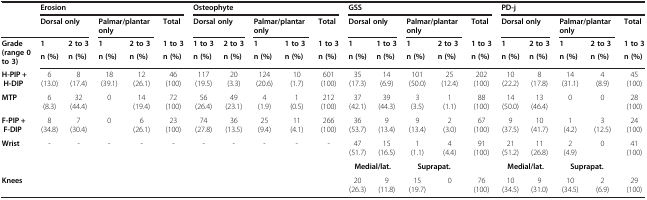
<table><thead><tr><td></td><td colspan="5"><b>Erosion</b></td><td colspan="5"><b>Osteophyte</b></td><td colspan="5"><b>GSS</b></td><td colspan="5"><b>PD-j</b></td></tr><tr><td></td><td colspan="2"><b>Dorsal only</b></td><td colspan="2"><b>Palmar/plantar only</b></td><td><b>Total</b></td><td colspan="2"><b>Dorsal only</b></td><td colspan="2"><b>Palmar/plantar only</b></td><td><b>Total</b></td><td colspan="2"><b>Dorsal only</b></td><td colspan="2"><b>Palmar/plantar only</b></td><td><b>Total</b></td><td colspan="2"><b>Dorsal only</b></td><td colspan="2"><b>Palmar/plantar only</b></td><td><b>Total</b></td></tr><tr><td rowspan="2"><b>Grade (range 0 to 3)</b></td><td><b>1</b></td><td><b>2 to 3</b></td><td><b>1</b></td><td><b>2 to 3</b></td><td><b>1 to 3</b></td><td><b>1 to 3</b></td><td><b>2 to 3</b></td><td><b>1</b></td><td><b>1 to 3</b></td><td><b>1 to 3</b></td><td><b>1</b></td><td><b>1 to 3</b></td><td><b>1</b></td><td><b>2 to 3</b></td><td><b>1 to 3</b></td><td><b>1</b></td><td><b>2 to 3</b></td><td><b>1</b></td><td><b>2 to 3</b></td><td><b>1 to 3</b></td></tr><tr><td><b>n (%)</b></td><td><b>n (%)</b></td><td><b>n (%)</b></td><td><b>n (%)</b></td><td><b>n (%)</b></td><td><b>n (%)</b></td><td><b>n (%)</b></td><td><b>n (%)</b></td><td><b>n (%)</b></td><td><b>n (%)</b></td><td><b>n (%)</b></td><td><b>n (%)</b></td><td><b>n (%)</b></td><td><b>n (%)</b></td><td><b>n (%)</b></td><td><b>n (%)</b></td><td><b>n (%)</b></td><td><b>n (%)</b></td><td><b>n (%)</b></td><td><b>n (%)</b></td></tr></thead><tbody><tr><td><b>H-PIP + H-DIP</b></td><td>6 (13.0)</td><td>8(17.4)</td><td>18(39.1)</td><td>12(26.1)</td><td>46(100)</td><td>117(19.5)</td><td>20(3.3)</td><td>124(20.6)</td><td>10(1.7)</td><td>601(100)</td><td>35(17.3)</td><td>14(6.9)</td><td>101(50.0)</td><td>25(12.4)</td><td>202(100)</td><td>10(22.2)</td><td>8(17.8)</td><td>14(31.1)</td><td>4(8.9)</td><td>45(100)</td></tr><tr><td><b>MTP</b></td><td>6(8.3)</td><td>32(44.4)</td><td>0</td><td>14(19.4)</td><td>72(100)</td><td>56(26.4)</td><td>49(23.1)</td><td>4(1.9)</td><td>1(0.5)</td><td>212(100)</td><td>37(42.1)</td><td>39(44.3)</td><td>3(3.5)</td><td>1(1.1)</td><td>88(100)</td><td>14(50.0)</td><td>13(46.4)</td><td>0</td><td>0</td><td>28(100)</td></tr><tr><td><b>F-PIP + F-DIP</b></td><td>8(34.8)</td><td>7(30.4)</td><td>0</td><td>6(26.1)</td><td>23(100)</td><td>74(27.8)</td><td>36(13.5)</td><td>25(9.4)</td><td>11(4.1)</td><td>266(100)</td><td>36(53.7)</td><td>9(13.4)</td><td>9(13.4)</td><td>2(3.0)</td><td>67(100)</td><td>9(37.5)</td><td>10(41.7)</td><td>1(4.2)</td><td>3(12.5)</td><td>24(100)</td></tr><tr><td><b>Wrist</b></td><td>-</td><td>-</td><td>-</td><td>-</td><td>-</td><td>-</td><td>-</td><td>-</td><td>-</td><td>-</td><td>47(51.7)</td><td>15(16.5)</td><td>1(1.1)</td><td>4(4.4)</td><td>91(100)</td><td>21(51.2)</td><td>11(26.8)</td><td>2(4.9)</td><td>0</td><td>41(100)</td></tr><tr><td></td><td></td><td></td><td></td><td></td><td></td><td></td><td></td><td></td><td></td><td></td><td colspan="2"><b>Medial/lat.</b></td><td colspan="2"><b>Suprapat.</b></td><td></td><td colspan="2"><b>Medial/lat.</b></td><td colspan="2"><b>Suprapat.</b></td><td></td></tr><tr><td><b>Knees</b></td><td></td><td></td><td></td><td></td><td></td><td></td><td></td><td></td><td></td><td></td><td>20(26.3)</td><td>9(11.8)</td><td>15(19.7)</td><td>0</td><td>76(100)</td><td>10(34.5)</td><td>9(31.0)</td><td>10(34.5)</td><td>2(6.9)</td><td>29(100)</td></tr></tbody></table>